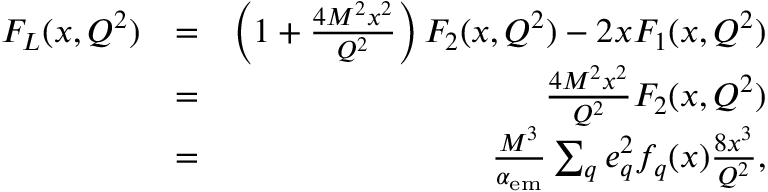
\begin{array} { r l r } { F _ { L } ( x , Q ^ { 2 } ) } & { = } & { \left( 1 + \frac { 4 M ^ { 2 } x ^ { 2 } } { Q ^ { 2 } } \right) F _ { 2 } ( x , Q ^ { 2 } ) - 2 x F _ { 1 } ( x , Q ^ { 2 } ) } \\ & { = } & { \frac { 4 M ^ { 2 } x ^ { 2 } } { Q ^ { 2 } } F _ { 2 } ( x , Q ^ { 2 } ) } \\ & { = } & { \frac { M ^ { 3 } } { \alpha _ { \mathrm { e m } } } \sum _ { q } e _ { q } ^ { 2 } f _ { q } ( x ) \frac { 8 x ^ { 3 } } { Q ^ { 2 } } , } \end{array}